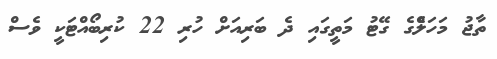
ތާޖު މަހަލްެގެ ގޭޓު މަތީގައި ދެ ބަރިއަށް ހުރި 22 ކުރިބޯއްޓަކީ ވެސް